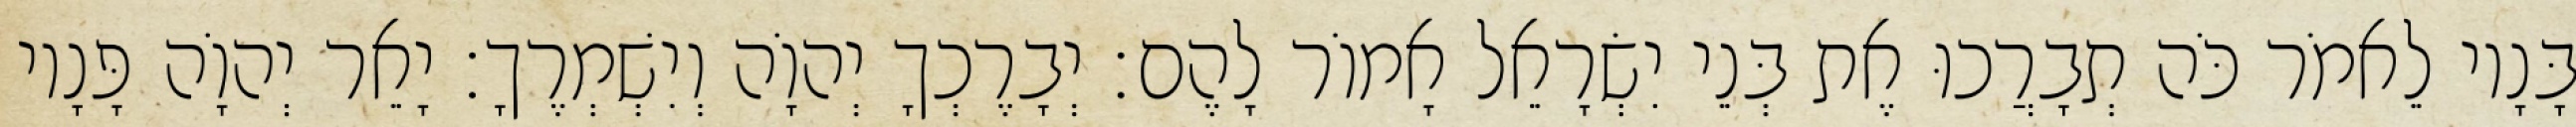
בָּנָיו לֵאמֹר כֹּה תְבָרֲכוּ אֶת בְּנֵי יִשְׂרָאֵל אָמוֹר לָהֶם׃ יְבָרֶכְךָ יְהוָֹה וְיִשְׁמְרֶךָ׃ יָאֵר יְהוָֹה פָּנָיו